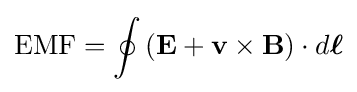
\mathrm {EMF} =\oint \left(\mathbf {E} +\mathbf {v} \times \mathbf {B} \right)\cdot d{\boldsymbol {\ell }}